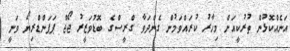
އަނެއްކޮޅުން ތުރުކީއަށް މިހާރު ކުރައްވަމުން ގެންދަވާ ގްރީސްގެ ބޮޑުވަޒީރު ޖޯޖް ޕަޕަންޑްރިޔޯ ވަނީ